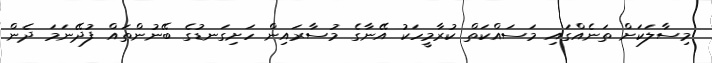
މިސާލަކަށް ތަނެއްގައި މަސައްކަތް ކުރާމީހަކު އޭނާގެ މުސާރައިން ހަށިގަނޑުގެ ބޭނުންތައް ފުދޭނަމަ ދެން